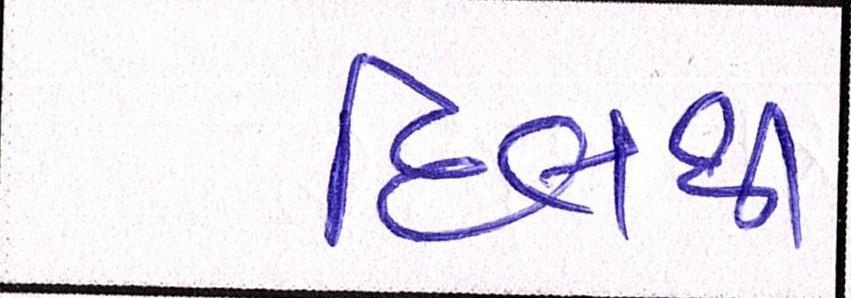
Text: દિલથી